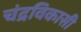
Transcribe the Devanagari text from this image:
चंद्रविकासी